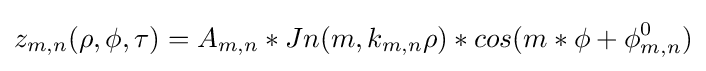
z_{m,n}(\rho ,\phi ,\tau )=A_{m,n}*Jn(m,k_{m,n}\rho )*cos(m*\phi +\phi _{m,n}^{0})